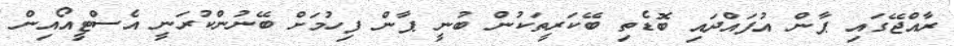
ރާއްޖޭގައި ޕާން އުފައްދައި ބޮޑެތި ބޭކަރީތަކުން ބުނީ ޕާން ފިހުމަށް ބޭނުންކުރަނީ އެސްޓީއޯއިން